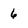
Character: 6